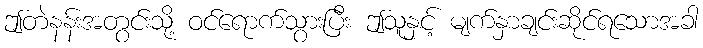
ဤတဲနန်းအတွင်းသို့ ဝင်ရောက်သွားပြီး ဤသူနှင့် မျက်နှာချင်းဆိုင်ရသောအခါ